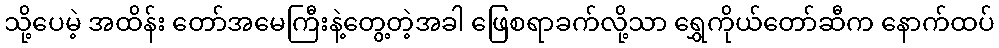
သို့ပေမဲ့ အထိန်း တော်အမေကြီးနဲ့တွေ့တဲ့အခါ ဖြေစရာခက်လို့သာ ရွှေကိုယ်တော်ဆီက နောက်ထပ်